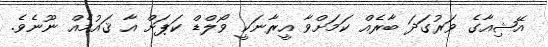
އޭޝިއާގެ ވަރުގަދަ ބާރެއް ކަމަށްވާ އީރާނަކީ ވޯލްޑް ކަޕަށް އާ ޤައުމެއް ނޫނެވެ.